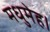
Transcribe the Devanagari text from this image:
मधुमेह।